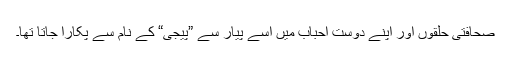
صحافتی حلقوں اور اپنے دوست احباب میں اسے پیار سے ”پیجی“ کے نام سے پکارا جاتا تھا۔